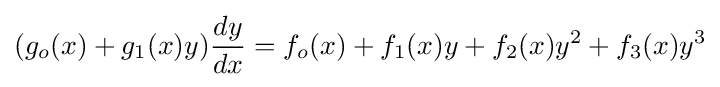
(g_{o}(x)+g_{1}(x)y){\frac {dy}{dx}}=f_{o}(x)+f_{1}(x)y+f_{2}(x)y^{2}+f_{3}(x)y^{3}